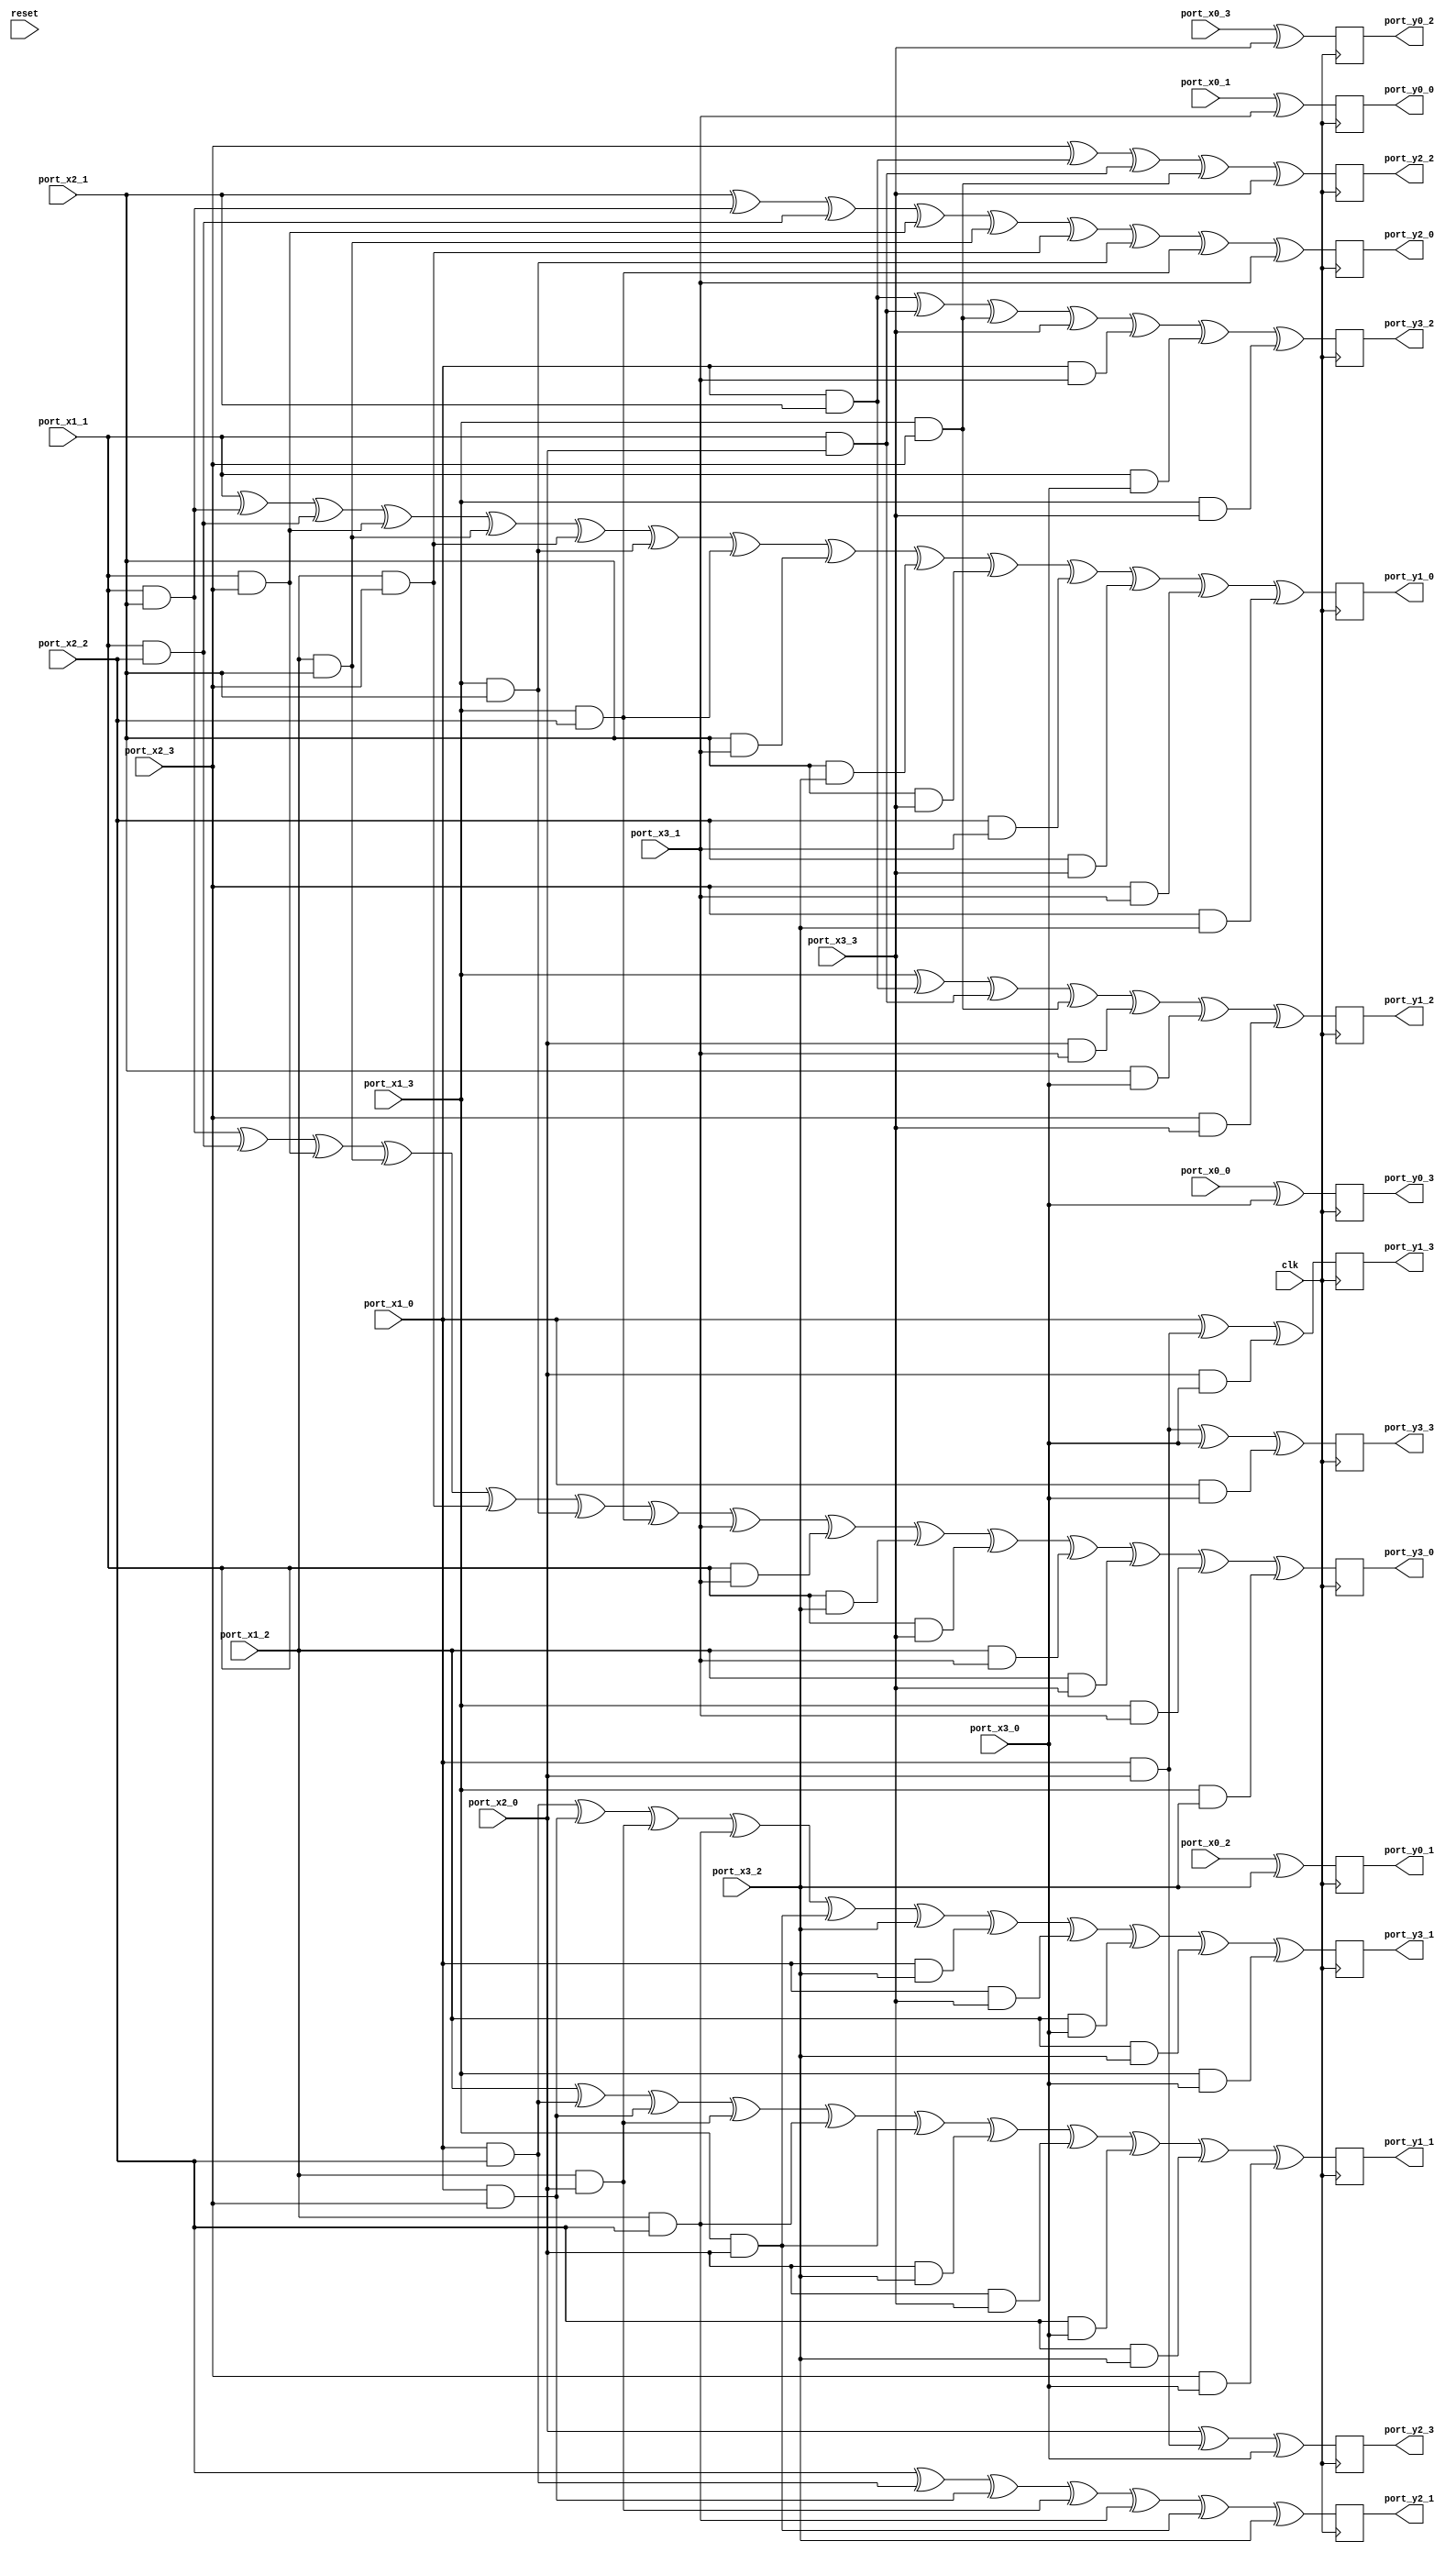
// Generator : SpinalHDL v1.7.3    git head : aeaeece704fe43c766e0d36a93f2ecbb8a9f2003
// Component : Sbox_01234589DC76BAFE_4shares
// Git hash  : db593c14fe8e83f0a4a5d43cf13325e631d65148

`timescale 1ns/1ps

module Sbox_01234589DC76BAFE_4shares (
  input               port_x0_0,
  input               port_x0_1,
  input               port_x0_2,
  input               port_x0_3,
  input               port_x1_0,
  input               port_x1_1,
  input               port_x1_2,
  input               port_x1_3,
  input               port_x2_0,
  input               port_x2_1,
  input               port_x2_2,
  input               port_x2_3,
  input               port_x3_0,
  input               port_x3_1,
  input               port_x3_2,
  input               port_x3_3,
  output              port_y0_0,
  output              port_y0_1,
  output              port_y0_2,
  output              port_y0_3,
  output              port_y1_0,
  output              port_y1_1,
  output              port_y1_2,
  output              port_y1_3,
  output              port_y2_0,
  output              port_y2_1,
  output              port_y2_2,
  output              port_y2_3,
  output              port_y3_0,
  output              port_y3_1,
  output              port_y3_2,
  output              port_y3_3,
  input               clk,
  input               reset
);

  wire                _zz_y1_0;
  wire                _zz_y1_0_1;
  wire                _zz_y1_1;
  wire                _zz_y3_0;
  wire                _zz_y3_0_1;
  reg                 y0_0;
  reg                 y0_1;
  reg                 y0_2;
  reg                 y0_3;
  reg                 y1_0;
  reg                 y1_1;
  reg                 y1_2;
  reg                 y1_3;
  reg                 y2_0;
  reg                 y2_1;
  reg                 y2_2;
  reg                 y2_3;
  reg                 y3_0;
  reg                 y3_1;
  reg                 y3_2;
  reg                 y3_3;

  assign _zz_y1_0 = (((((port_x1_1 ^ (port_x1_1 && port_x2_1)) ^ (port_x1_1 && port_x2_2)) ^ (port_x1_1 && port_x2_3)) ^ (port_x1_2 && port_x2_1)) ^ (port_x1_2 && port_x2_3));
  assign _zz_y1_0_1 = (port_x1_3 && port_x2_1);
  assign _zz_y1_1 = (port_x1_0 && port_x2_2);
  assign _zz_y3_0 = ((((port_x1_1 && port_x2_1) ^ (port_x1_1 && port_x2_2)) ^ (port_x1_1 && port_x2_3)) ^ (port_x1_2 && port_x2_1));
  assign _zz_y3_0_1 = (port_x1_2 && port_x2_3);
  assign port_y0_0 = y0_0;
  assign port_y0_1 = y0_1;
  assign port_y0_2 = y0_2;
  assign port_y0_3 = y0_3;
  assign port_y1_0 = y1_0;
  assign port_y1_1 = y1_1;
  assign port_y1_2 = y1_2;
  assign port_y1_3 = y1_3;
  assign port_y2_0 = y2_0;
  assign port_y2_1 = y2_1;
  assign port_y2_2 = y2_2;
  assign port_y2_3 = y2_3;
  assign port_y3_0 = y3_0;
  assign port_y3_1 = y3_1;
  assign port_y3_2 = y3_2;
  assign port_y3_3 = y3_3;
  always @(posedge clk) begin
    y0_0 <= (port_x0_1 ^ port_x3_1);
    y0_1 <= (port_x0_2 ^ port_x3_2);
    y0_2 <= (port_x0_3 ^ port_x3_3);
    y0_3 <= (port_x0_0 ^ port_x3_0);
    y1_0 <= (((((((((_zz_y1_0 ^ _zz_y1_0_1) ^ (port_x1_3 && port_x2_2)) ^ (port_x2_1 && port_x3_1)) ^ (port_x2_1 && port_x3_2)) ^ (port_x2_1 && port_x3_3)) ^ (port_x2_2 && port_x3_1)) ^ (port_x2_2 && port_x3_3)) ^ (port_x2_3 && port_x3_1)) ^ (port_x2_3 && port_x3_2));
    y1_1 <= ((((((((((port_x1_2 ^ _zz_y1_1) ^ (port_x1_0 && port_x2_3)) ^ (port_x1_2 && port_x2_0)) ^ (port_x1_2 && port_x2_2)) ^ (port_x1_3 && port_x2_0)) ^ (port_x2_0 && port_x3_2)) ^ (port_x2_0 && port_x3_3)) ^ (port_x2_2 && port_x3_0)) ^ (port_x2_2 && port_x3_2)) ^ (port_x2_3 && port_x3_0));
    y1_2 <= ((((((port_x1_3 ^ (port_x1_0 && port_x2_1)) ^ (port_x1_1 && port_x2_0)) ^ (port_x1_3 && port_x2_3)) ^ (port_x2_0 && port_x3_1)) ^ (port_x2_1 && port_x3_0)) ^ (port_x2_3 && port_x3_3));
    y1_3 <= ((port_x1_0 ^ (port_x1_0 && port_x2_0)) ^ (port_x2_0 && port_x3_0));
    y2_0 <= ((((((((port_x2_1 ^ (port_x1_1 && port_x2_1)) ^ (port_x1_1 && port_x2_2)) ^ (port_x1_1 && port_x2_3)) ^ (port_x1_2 && port_x2_1)) ^ (port_x1_2 && port_x2_3)) ^ (port_x1_3 && port_x2_1)) ^ (port_x1_3 && port_x2_2)) ^ port_x3_1);
    y2_1 <= ((((((port_x2_2 ^ (port_x1_0 && port_x2_2)) ^ (port_x1_0 && port_x2_3)) ^ (port_x1_2 && port_x2_0)) ^ (port_x1_2 && port_x2_2)) ^ (port_x1_3 && port_x2_0)) ^ port_x3_2);
    y2_2 <= ((((port_x2_3 ^ (port_x1_0 && port_x2_1)) ^ (port_x1_1 && port_x2_0)) ^ (port_x1_3 && port_x2_3)) ^ port_x3_3);
    y2_3 <= ((port_x2_0 ^ (port_x1_0 && port_x2_0)) ^ port_x3_0);
    y3_0 <= (((((((((((_zz_y3_0 ^ _zz_y3_0_1) ^ (port_x1_3 && port_x2_1)) ^ (port_x1_3 && port_x2_2)) ^ port_x3_1) ^ (port_x1_1 && port_x3_1)) ^ (port_x1_1 && port_x3_2)) ^ (port_x1_1 && port_x3_3)) ^ (port_x1_2 && port_x3_1)) ^ (port_x1_2 && port_x3_3)) ^ (port_x1_3 && port_x3_1)) ^ (port_x1_3 && port_x3_2));
    y3_1 <= (((((((((((port_x1_0 && port_x2_2) ^ (port_x1_0 && port_x2_3)) ^ (port_x1_2 && port_x2_0)) ^ (port_x1_2 && port_x2_2)) ^ (port_x1_3 && port_x2_0)) ^ port_x3_2) ^ (port_x1_0 && port_x3_2)) ^ (port_x1_0 && port_x3_3)) ^ (port_x1_2 && port_x3_0)) ^ (port_x1_2 && port_x3_2)) ^ (port_x1_3 && port_x3_0));
    y3_2 <= (((((((port_x1_0 && port_x2_1) ^ (port_x1_1 && port_x2_0)) ^ (port_x1_3 && port_x2_3)) ^ port_x3_3) ^ (port_x1_0 && port_x3_1)) ^ (port_x1_1 && port_x3_0)) ^ (port_x1_3 && port_x3_3));
    y3_3 <= (((port_x1_0 && port_x2_0) ^ port_x3_0) ^ (port_x1_0 && port_x3_0));
  end


endmodule